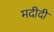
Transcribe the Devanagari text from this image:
मदीदी